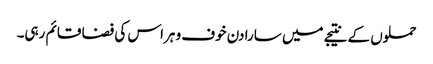
حملوں کے نتیجے میں سارا دن خوف و ہراس کی فضا قائم رہی۔